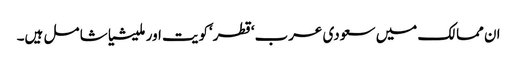
ان مما لک میں سعودی عرب‘قطر‘کویت اور ملیشیا شا مل ہیں۔